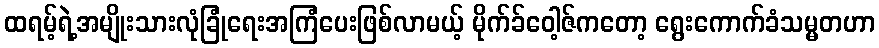
ထရမ့်ရဲ့အမျိုးသားလုံခြုံရေးအကြံပေးဖြစ်လာမယ့် မိုက်ခ်ဝေါ့ဇ်ကတော့ ရွေးကောက်ခံသမ္မတဟာ